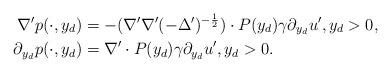
LaTeX: \begin{align*}\nabla' p (\cdot,y_d) & = - (\nabla' \nabla' (-\Delta')^{-\frac12}) \cdot P (y_d) \gamma \partial_{y_d} u' , y_d>0,\\\partial_{y_d} p (\cdot,y_d) & = \nabla' \cdot P (y_d) \gamma \partial_{y_d} u' , y_d>0.\end{align*}